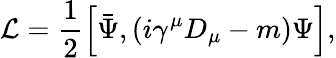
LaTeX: {\cal L}=\frac{1}{2}\left[\bar{\Psi},(i\gamma^{\mu}D_{\mu}-m)\Psi\right],